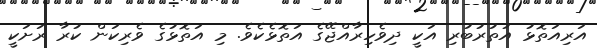
އަރިއަތޮޅު އުތުރުބުރި އަކީ ދިވެހިރާއްޖޭގެ އަތޮޅެކެވެ. މި އަތޮޅުގެ ވެރިކަން ކުރާ ރަށަކީ